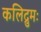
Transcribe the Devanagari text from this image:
कलिद्रुमः